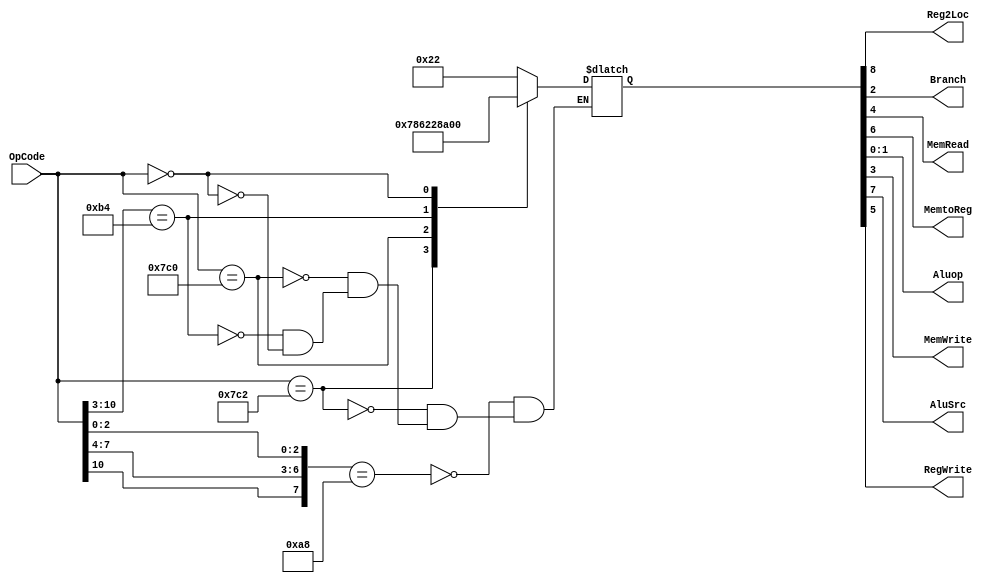
module ControlUnit(

  input [10 : 0] OpCode,
  output Reg2Loc,
  output Branch,
  output MemRead,
  output MemtoReg,
  output [1:0]Aluop,
  output MemWrite,
  output AluSrc,
  output RegWrite
);
reg [8:0] outcome;
assign  {Reg2Loc ,AluSrc ,MemtoReg ,RegWrite ,MemRead ,MemWrite ,Branch } = outcome[8:2];
assign Aluop = outcome[1:0];
always @( OpCode )
casex(OpCode)
	11'b1xx0101x000: outcome = 9'b000100010;
        11'b11111000010: outcome = 9'b011110000;
        11'b11111000000: outcome = 9'b110001000;
        11'b10110100xxx: outcome = 9'b101000101;
	11'b00000000000: outcome = 9'b000000000;
endcase
    
endmodule